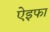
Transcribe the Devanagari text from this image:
ऐइफा